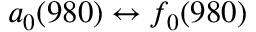
a _ { 0 } ( 9 8 0 ) \leftrightarrow f _ { 0 } ( 9 8 0 )